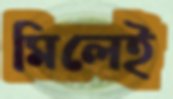
মিলেই